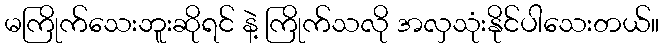
မကြိုက်သေးဘူးဆိုရင် နဲ့ ကြိုက်သလို အလှသုံးနိုင်ပါသေးတယ်။